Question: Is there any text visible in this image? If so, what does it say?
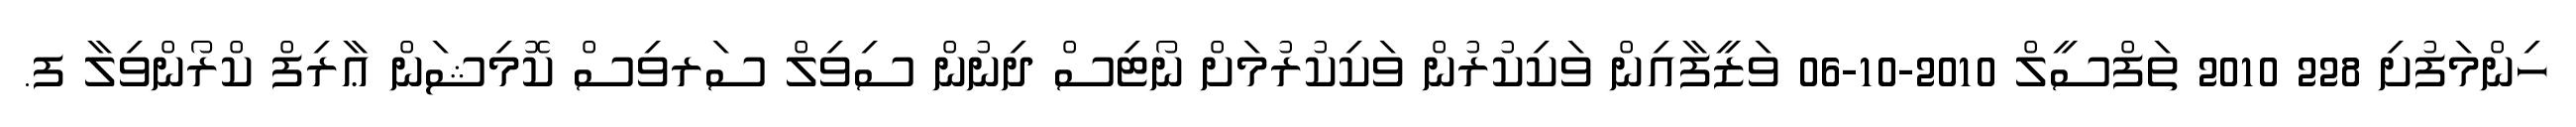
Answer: ހިންމަފުށި 228 2010 ތަފްސީލް 2010-10-06 ވަޒީފާއިން ވަކިކުރުން ވަކިކުރުމަށް ނޯޓިސް ދިނުން ސިވިލް ސަރވިސް ކޮމިޝަން ޢާރިފް ކްރޯންވިލާ ފ.